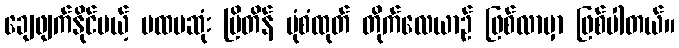
ချေဖျက်နိုင်မယ့် ပထမဆုံး ဗြိတိန် ပုံစံထုတ် တိုက်လေယာဉ် ဖြစ်လာမှာ ဖြစ်ပါတယ်။